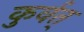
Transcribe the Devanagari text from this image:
कुर्वत्